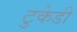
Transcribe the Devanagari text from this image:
टुकेडी